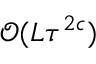
\mathcal { O } ( L \tau ^ { 2 c } )